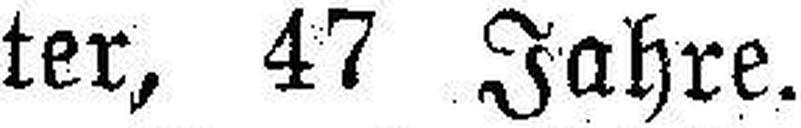
ter, 47 Jahre.